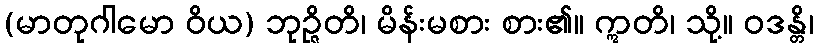
(မာတုဂါမော ဝိယ) ဘုဉ္ဇိတိ၊ မိန်းမစား စား၏။ ဣတိ၊ သို့။ ဝဒန္တိ၊